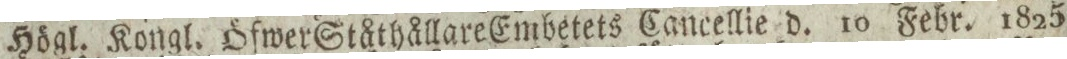
Högl. Kongl. Öfwer Ståthållare Embetets Cancellie d. 10 Febr. 1825